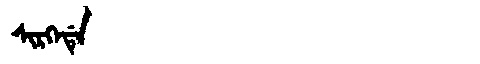
Manchu: ᠰᡳᡵᡴᡝᡩᡝ
Romanization: SIRKEDE